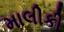
માલીકી